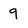
Character: 9